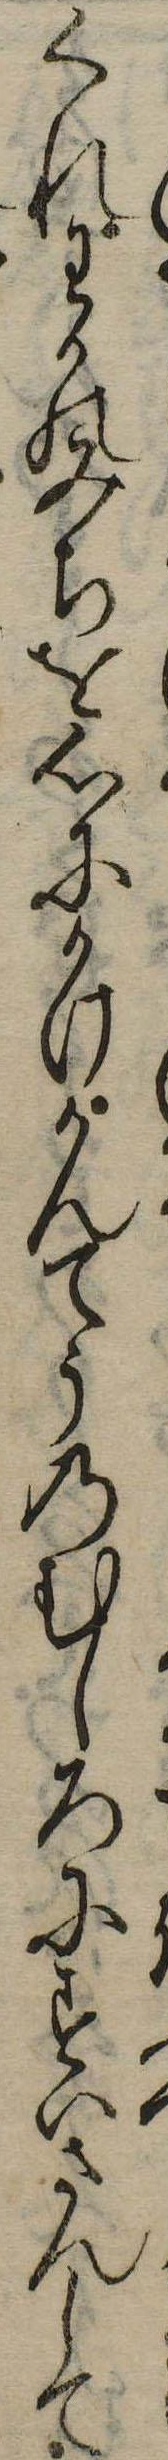
くれわかのみちを心にかけかんてうのむしろにすいさんして